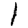
Digit: 1